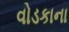
વોડકાના